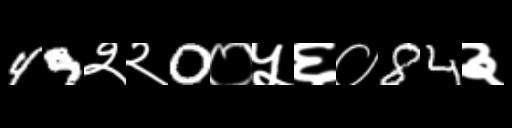
Text: 49२२0०५६०84३